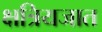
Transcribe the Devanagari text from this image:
क्षत्रियजात